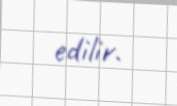
edilir.